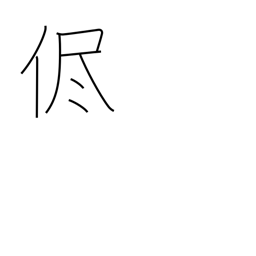
Meaning: as it is